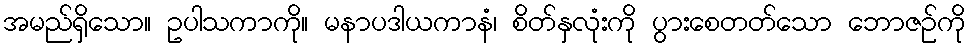
အမည်ရှိသော။ ဥပါသကာကို။ မနာပဒါယကာနံ၊ စိတ်နှလုံးကို ပွားစေတတ်သော ဘောဇဉ်ကို